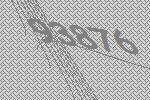
93876